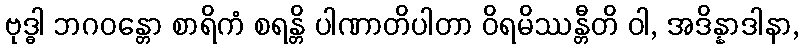
ဗုဒ္ဓါ ဘဂဝန္တော စာရိကံ စရန္တိ ပါဏာတိပါတာ ဝိရမိဿန္တီတိ ဝါ, အဒိန္နာဒါနာ,